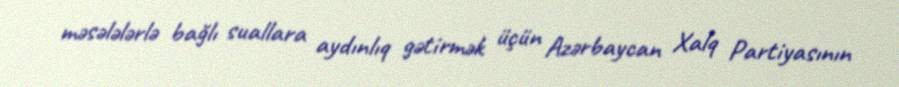
məsələlərlə bağlı suallara aydınlıq gətirmək üçün Azərbaycan Xalq Partiyasının